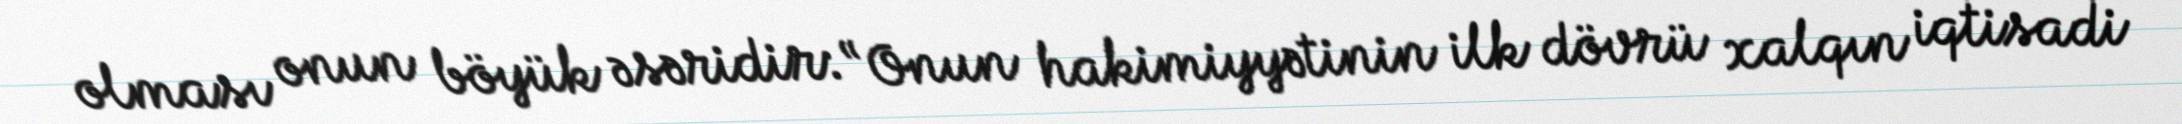
olması onun böyük əsəridir: “Onun hakimiyyətinin ilk dövrü xalqın iqtisadi